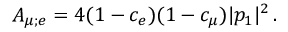
A _ { \mu ; e } = 4 ( 1 - c _ { e } ) ( 1 - c _ { \mu } ) | p _ { 1 } | ^ { 2 } \, .